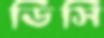
ডিসি